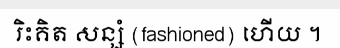
រិះគិត សន្សំ (fashioned) ហើយ ។